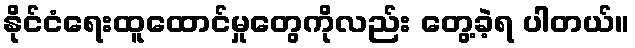
နိုင်ငံရေးထူထောင်မှုတွေကိုလည်း တွေ့ခဲ့ရ ပါတယ်။